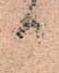
か